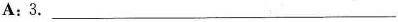
A:3.___